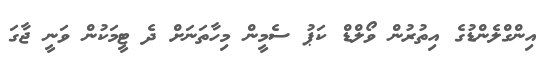
އިންގްލެންޑުގެ އިތުރުން ވޯލްޑް ކަޕު ސެމީން މިހާތަނަށް ދެ ޓީމަކުން ވަނީ ޖާގަ